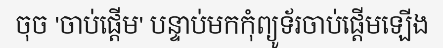
ចុច 'ចាប់ផ្តើម' បន្ទាប់មកកុំព្យូទ័រចាប់ផ្តើមឡើង